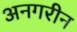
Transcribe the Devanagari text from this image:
अनगरीन